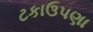
ટકાઉપણા